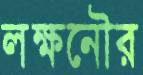
লক্ষনৌর